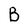
Character: B